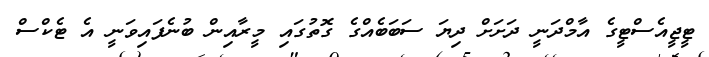
ޓީޖީއެސްޓީގެ އާމްދަނީ ދަށަށް ދިޔަ ސަބަބެއްގެ ގޮތުގައި މީރާއިން ބުނެފައިވަނީ އެ ޓެކްސް